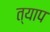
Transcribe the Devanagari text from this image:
त्याप